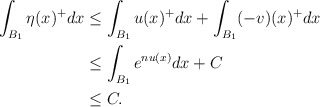
\begin{align*}\int_{B_1}\eta(x)^+dx &\leq \int_{B_1}u(x)^+dx + \int_{B_1}(-v)(x)^+dx\\&\leq \int_{B_1} e^{nu(x)}dx+C\\&\leq C.\end{align*}